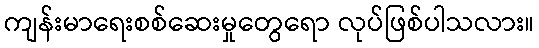
ကျန်းမာရေးစစ်ဆေးမှုတွေရော လုပ်ဖြစ်ပါသလား။